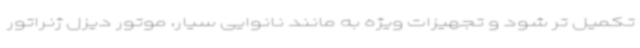
تکمیل تر شود و تجهیزات ویژه به مانند نانوایی سیار، موتور دیزل ژنراتور